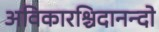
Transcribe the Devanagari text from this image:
अविकारश्चिदानन्दो